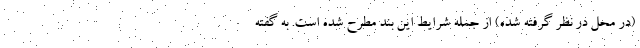
(در محل در نظر گرفته شده) از جمله شرایط این بند مطرح شده است. به گفته